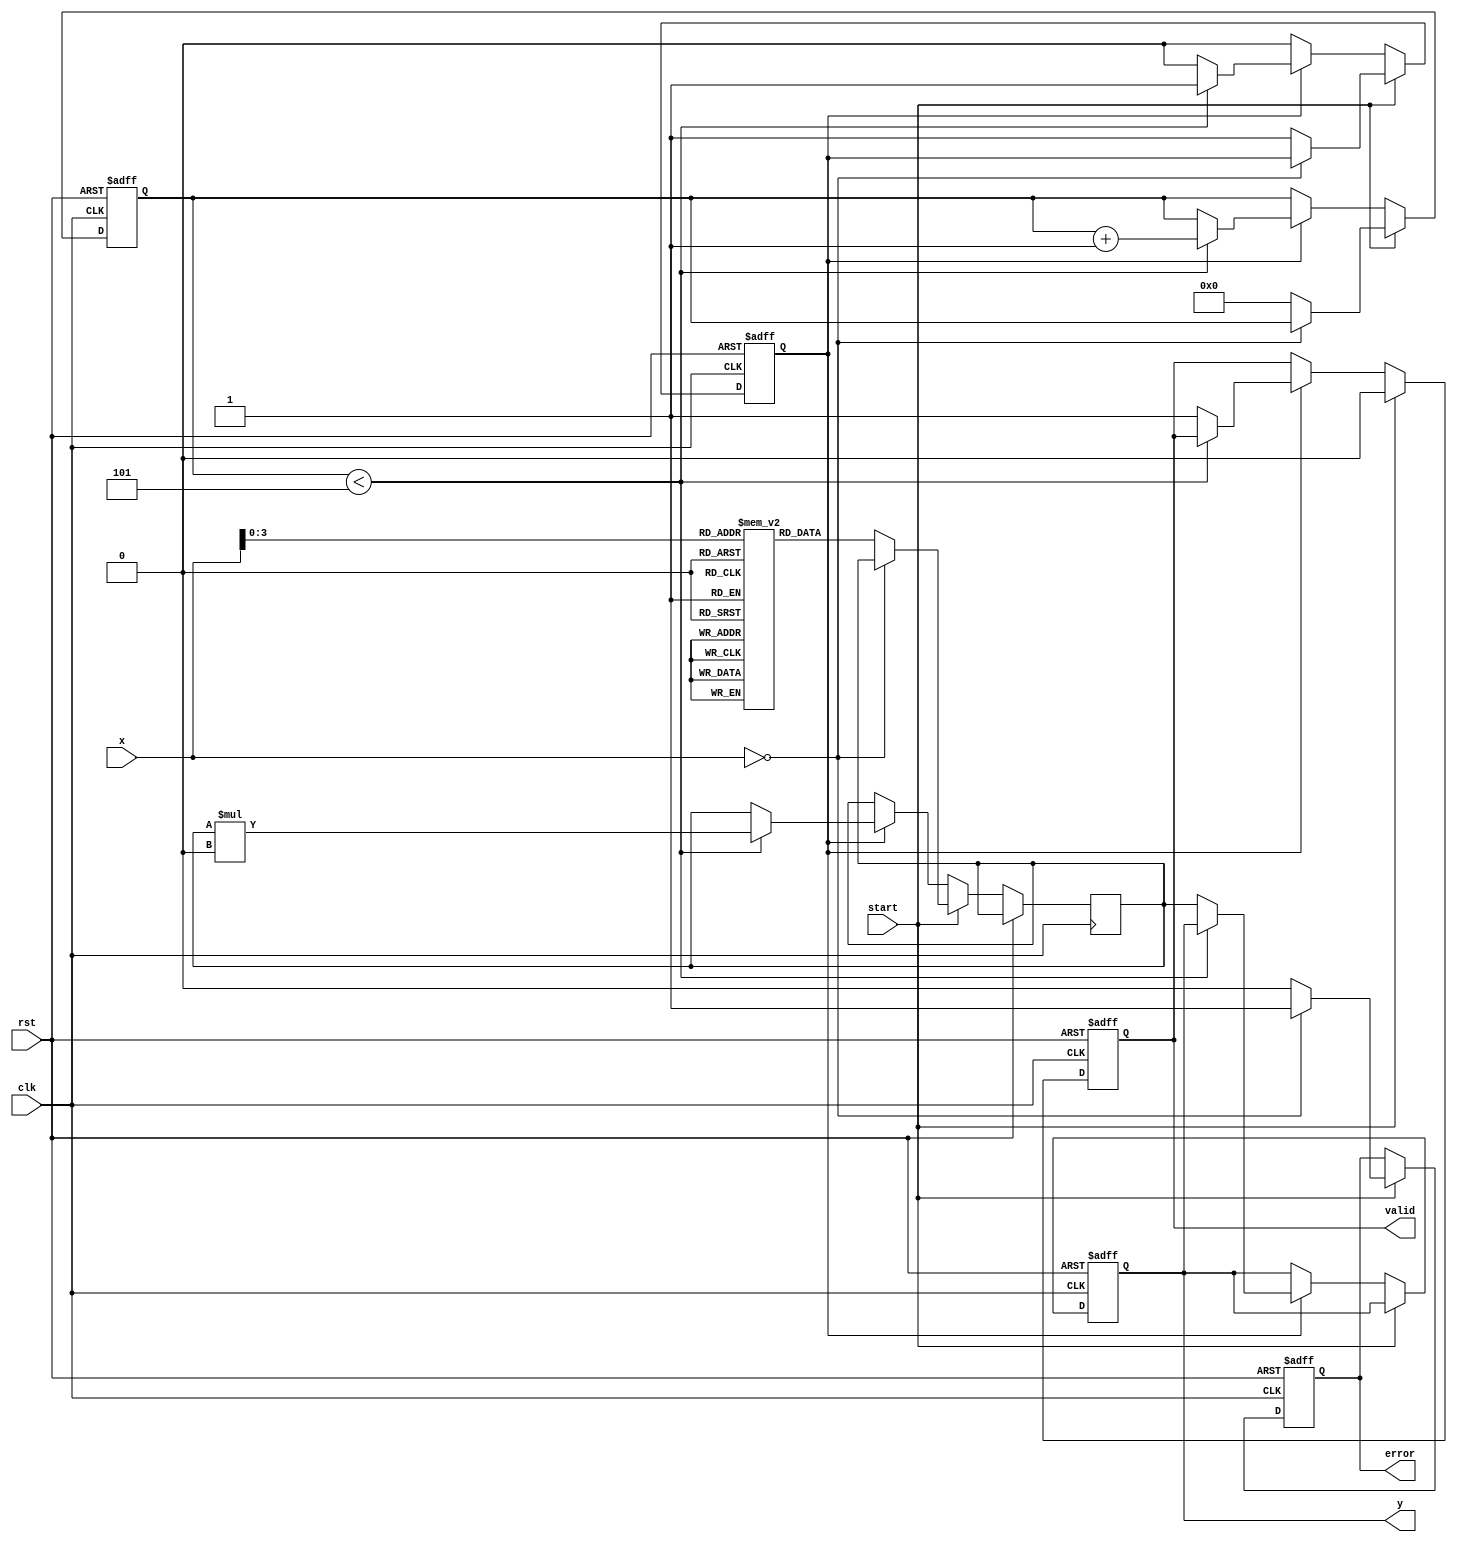
module ReciprocalUnit #(
    parameter N = 32,                  // Width of the input/output
    parameter ITERATIONS = 5           // Number of iterations for Newton-Raphson
)(
    input  wire                     clk,      // Clock signal
    input  wire                     rst,      // Asynchronous reset
    input  wire                     start,    // Start signal
    input  wire [N-1:0]            x,        // Input data
    output reg  [N-1:0]            y,        // Reciprocal result
    output reg                     valid,     // Valid signal
    output reg                     error      // Error signal
);

    reg [N-1:0] approx;               // Approximation of reciprocal
    reg [3:0] iteration;               // Iteration counter
    reg computing;                     // Computing flag

    // Lookup Table for initial approximation (simple example)
    reg [N-1:0] lut [0:15]; // LUT for values 0.0 to 1.0
    initial begin
        lut[0] = 32'hFFFFFFFF; // 1/0 (error)
        lut[1] = 32'h7FFFFFFF; // 1/1 (1.0)
        lut[2] = 32'h3FFFFFFF; // 1/2 (0.5)
        lut[3] = 32'h2AAAAAAA; // 1/3 (0.333...)
        lut[4] = 32'h1C71C71C; // 1/4 (0.25)
        // Add more entries as necessary...
        lut[15] = 32'h00000001; // 1/16
    end

    // Asynchronous reset
    always @(posedge clk or posedge rst) begin
        if (rst) begin
            y <= 0;
            valid <= 0;
            error <= 0;
            computing <= 0;
            iteration <= 0;
        end else begin
            if (start) begin
                if (x == 0) begin
                    error <= 1; // Division by zero
                    valid <= 0;
                end else begin
                    error <= 0; // Clear error
                    valid <= 0; // Reset valid signal
                    approx <= lut[x[N-1:0]]; // Get initial guess from LUT
                    iteration <= 0; // Reset iteration counter
                    computing <= 1; // Start computation
                end
            end else if (computing) begin
                if (iteration < ITERATIONS) begin
                    // Newton-Raphson iteration: approx = approx * (2 - x * approx)
                    approx <= approx * (2**N - (x * approx >> N)); // Adjust based on fixed-point
                    iteration <= iteration + 1; // Increment iteration count
                end else begin
                    y <= approx; // Assign final result
                    valid <= 1; // Signal that result is valid
                    computing <= 0; // End computation
                end
            end
        end
    end

endmodule